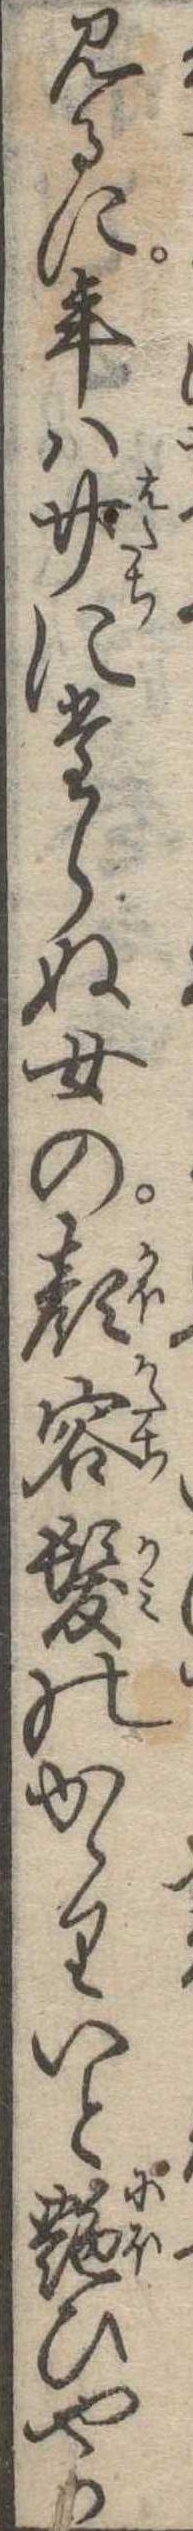
見るに年は廿にたらぬ女の顔容髪のかゝりいと艶ひやか